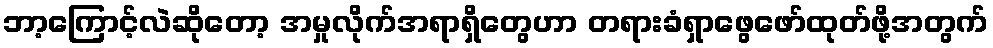
ဘာ့ကြောင့်လဲဆိုတော့ အမှုလိုက်အရာရှိတွေဟာ တရားခံရှာဖွေဖော်ထုတ်ဖို့အတွက်